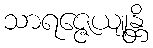
သာရဇ္ဇေယျုန္တိ